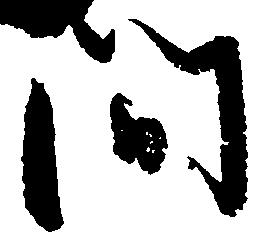
間